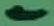
Text: 1